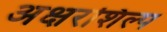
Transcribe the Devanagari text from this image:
अक्षरशिल्प